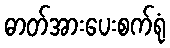
ဓာတ်အားပေးစက်ရုံ